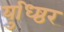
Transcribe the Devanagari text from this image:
युध्ष्ठिर